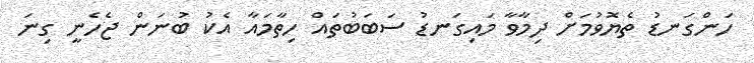
ހަންގަނޑު ތެޔޮވުމަށް ދިމާވާ މައިގަނޑު ސަބަބުތައް ހިތާމައާ އެކު ބުނަން ޖެހެނީ ގިނަ